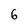
Character: 6